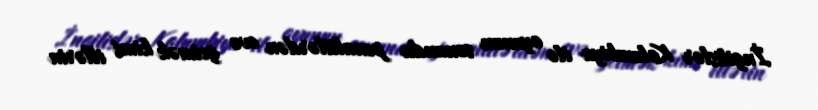
İngilislər Kolumbiya ilə oyunun sonunda penaltilərdən evə getmək kimi illərin